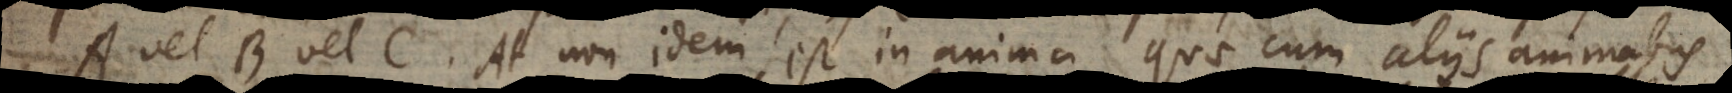
A vel B vel C. At non idem est in anima quae cum aliis animabus